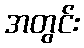
အတွင်း